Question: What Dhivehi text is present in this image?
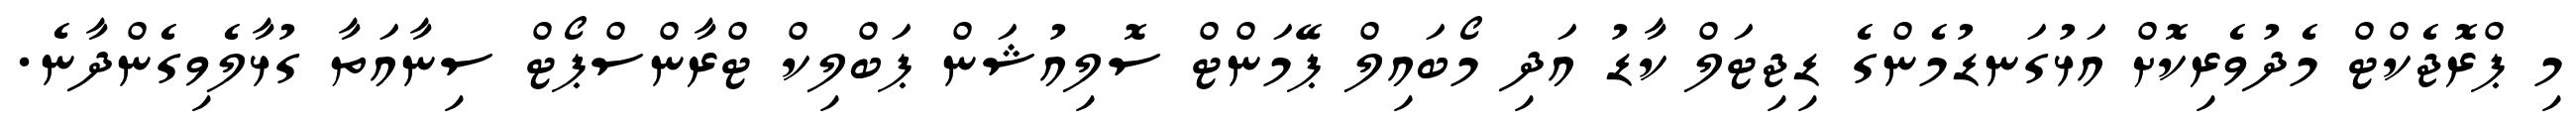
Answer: މި ޕްރޮޖެކްޓް މެދުވެރިކޮށް އަޅުގަނޑުމެންގެ ޑިޖިޓަލް ކާޑު އަދި މޯބައިލް ޕޭމަންޓް ސޮލިއުޝަން ޕަބްލިކް ޓްރާންސްޕޯޓް ސިނާއަތާ ގުޅާލެވިގެންދާނެ.